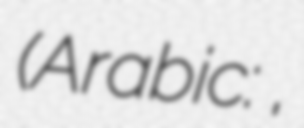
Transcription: (Arabic: الركية,